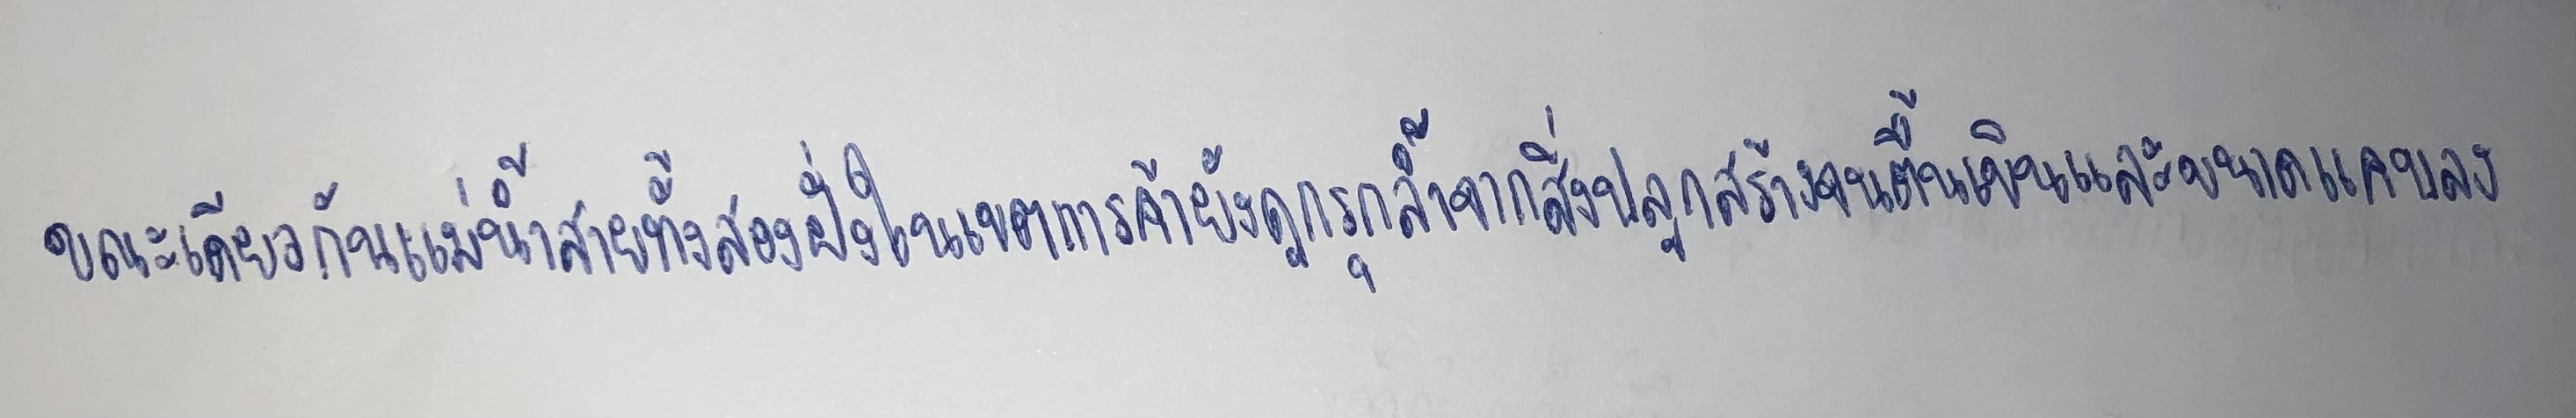
ขณะเดียวกันแม่น้ำสายทั้งสองฝั่งในเขตการค้ายังถูกรุกล้ำจากสิ่งปลูกสร้างจนตื้นเขินและขนาดแคบลง